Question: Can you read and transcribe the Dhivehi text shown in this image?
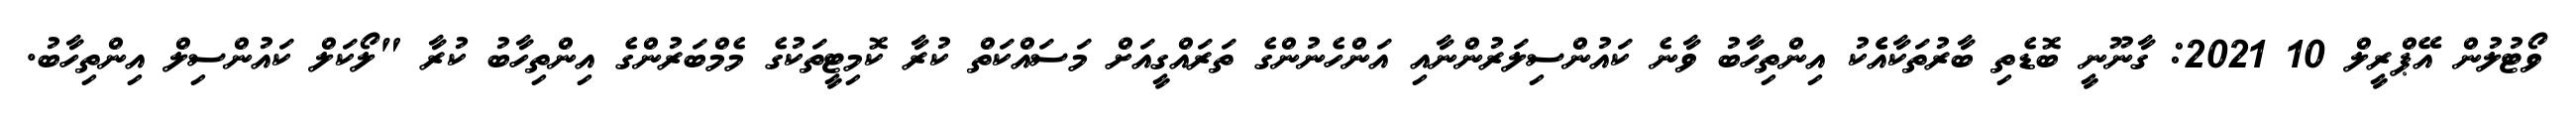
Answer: ވޯޓުލުން އޭޕްރީލް 10 2021: ގާނޫނީ ބޮޑެތި ބާރުތަކާއެެކު އިންތިހާބު ވާނެ ކައުންސިލަރުންނާއި އަންހެނުންގެ ތަރައްގީއަށް މަސައްކަތް ކުރާ ކޮމިޓީތަކުގެ މެމްބަރުންގެ އިންތިހާބު ކުރާ "ލޯކަލް ކައުންސިލް އިންތިހާބު.